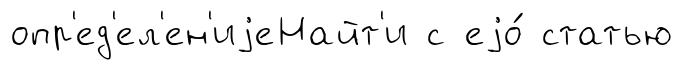
опр'ед'ел'ен'иjеНайт'и с еjо́ статью